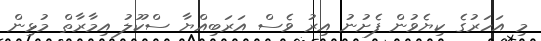
މި އަހަރުގެ ކިޔެވުން ފެށުނު އިރު ވެސް އަރަބިއްޔާ ސްކޫލު އިމާރާތް މުޅިން